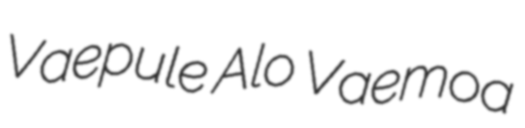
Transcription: Vaepule Alo Vaemoa